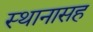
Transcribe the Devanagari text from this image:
स्थानासह